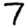
Digit: 7